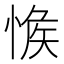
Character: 𢜴